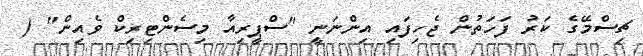
ޗިސްމޭގެ ކަރު ފަހަތުން ޖެހިފައި އިންނަނީ "ސްޕީރިއާ މިސެންޓިރިކް ވެއިން" (